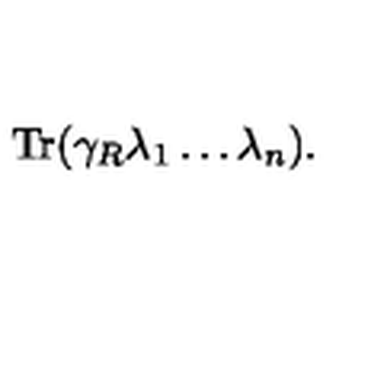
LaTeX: \mathrm { T r } ( \gamma _ { R } \lambda _ { 1 } \ldots \lambda _ { n } ) .